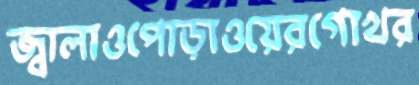
জ্বালাওপোড়াওয়েরগোখর